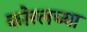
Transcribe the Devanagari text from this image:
कोरलच्या